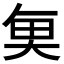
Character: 𮫮